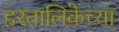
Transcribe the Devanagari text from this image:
हरतालिकेच्या